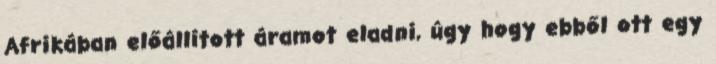
Afrikában előállított áramot eladni, úgy hogy ebből ott egy